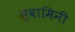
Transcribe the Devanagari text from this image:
स्‍वामिनी